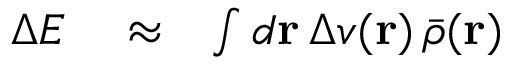
\begin{array} { r l r } { \Delta E } & { { } \approx } & { \int d { \bf r } \, \Delta v ( { \bf r } ) \, \bar { \rho } ( { \bf r } ) } \end{array}